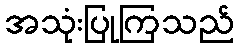
အသုံးပြုကြသည်